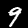
Label: 9